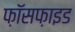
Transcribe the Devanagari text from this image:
फ़ॉसफ़ाइड